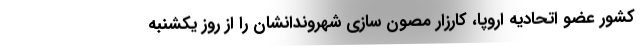
کشور عضو اتحادیه اروپا، کارزار مصون سازی شهروندانشان را از روز یکشنبه